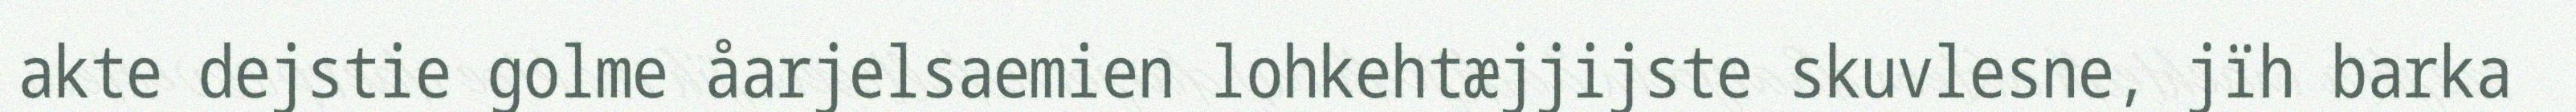
akte dejstie golme åarjelsaemien lohkehtæjjijste skuvlesne, jïh barka